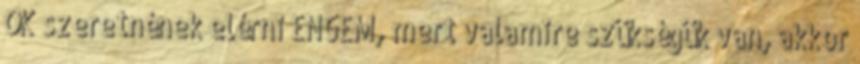
ŐK szeretnének elérni ENGEM, mert valamire szükségük van, akkor